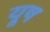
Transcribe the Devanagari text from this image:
यूष